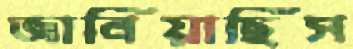
জানিয়াছিস